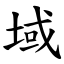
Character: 域